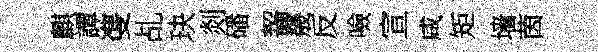
麒譚㕠乩玦剡磻齧㡬反噞宣咸矩墙茵